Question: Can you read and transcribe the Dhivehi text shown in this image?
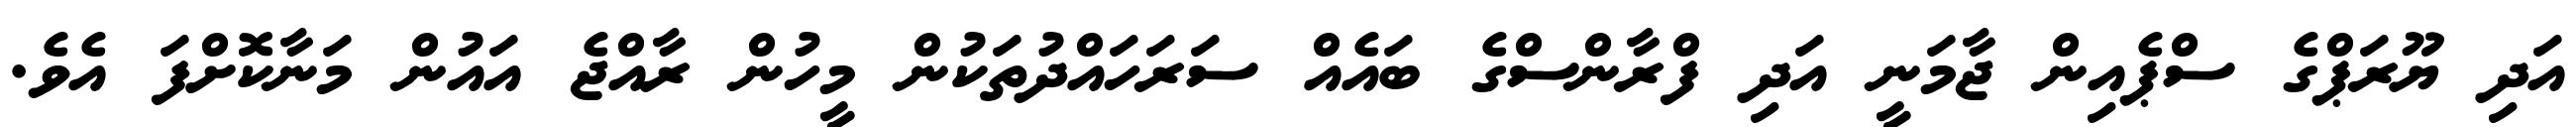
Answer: އަދި ޔޫރަޕްގެ ސްޕެއިން ޖާމަނީ އަދި ފްރާންސްގެ ބައެއް ސަރަހައްދުތަކުން މީހުން ރާއްޖެ އައުން މަނާކޮށްފަ އެވެ.